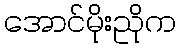
အောင်မိုးညိုက